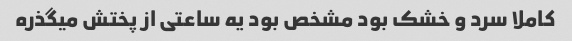
کاملا سرد و خشک بود مشخص بود یه ساعتی از پختش میگذره